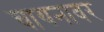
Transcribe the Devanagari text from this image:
चायनावर